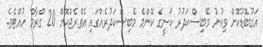
އަގުބޮޑުކޮށް ވިކުނު މޭބިސްކަދުރު ކޯނީގެ ކޮންމެ މޭބިސްކަދުރެއްގައި އެވްރެޖްކޮށް 20 ގްރާމް ހުއްޓެވެ.